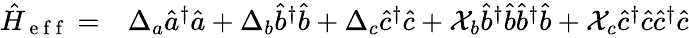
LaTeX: \begin{array}{rl}{\hat{H}_{\mathrm{~e~f~f~}}=}&{{}\Delta_{a}\hat{a}^{\dagger}\hat{a}+\Delta_{b}\hat{b}^{\dagger}\hat{b}+\Delta_{c}\hat{c}^{\dagger}\hat{c}+\mathcal{X}_{b}\hat{b}^{\dagger}\hat{b}\hat{b}^{\dagger}\hat{b}+\mathcal{X}_{c}\hat{c}^{\dagger}\hat{c}\hat{c}^{\dagger}\hat{c}}\end{array}